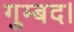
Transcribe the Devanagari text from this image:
गुम्बद।